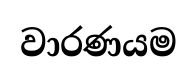
වාරණයම